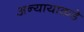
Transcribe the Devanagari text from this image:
अन्यायाकडे